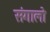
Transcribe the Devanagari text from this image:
संगालो